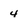
Character: 4